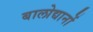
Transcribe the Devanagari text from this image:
बालोद्यानों